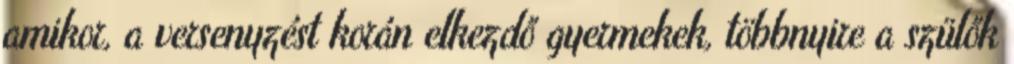
amikor, a versenyzést korán elkezdő gyermekek, többnyire a szülők